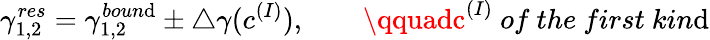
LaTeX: \gamma_{1,2}^{res}=\gamma_{1,2}^{boun\mathrm{d}}\pm\triangle\gamma(c^{(I)}),\qquad\qquadc^{(I)}{~of~the~first~kin\mathrm{d}}